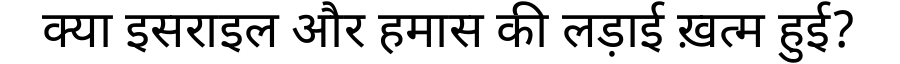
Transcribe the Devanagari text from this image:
क्या इसराइल और हमास की लड़ाई ख़त्म हुई?